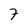
Character: 7